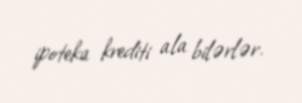
ipoteka krediti ala bilərlər.